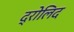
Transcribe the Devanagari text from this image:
द्रोलिद